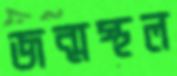
জন্মস্থল